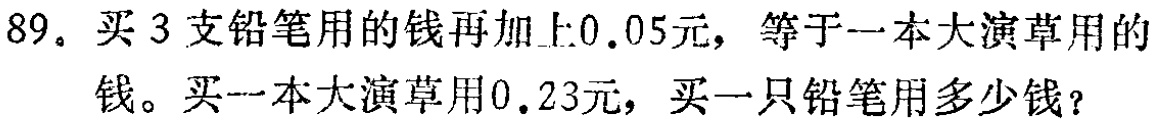
89. 买3支铅笔用的钱再加上0.05元，等于一本大演草用的钱。买一本大演草用0.23元，买一只铅笔用多少钱？